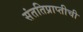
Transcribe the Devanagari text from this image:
संततिप्राप्तीची